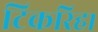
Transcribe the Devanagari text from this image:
टिकरिहा